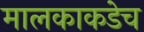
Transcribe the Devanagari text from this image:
मालकाकडेच